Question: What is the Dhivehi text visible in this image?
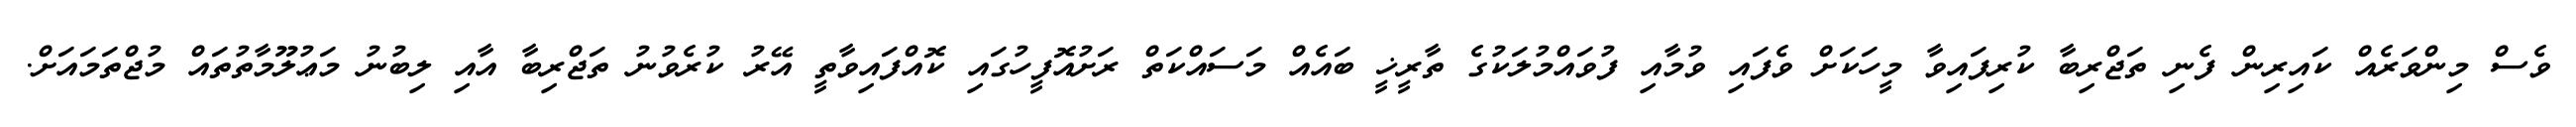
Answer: ވެސް މިންވަރެއް ކައިރިން ފެނި ތަޖްރިބާ ކުރިފައިވާ މީހަކަށް ވެފައި ވުމާއި ފުވައްމުލަކުގެ ތާރީޚީ ބައެއް މަސައްކަތް ރަށުއޮފީހުގައި ކޮއްފައިވާތީ އޭރު ކުރެވުނު ތަޖްރިބާ އާއި ލިބުނު މަޢުލޫމާތުތައް މުޖްތަމައަށް.